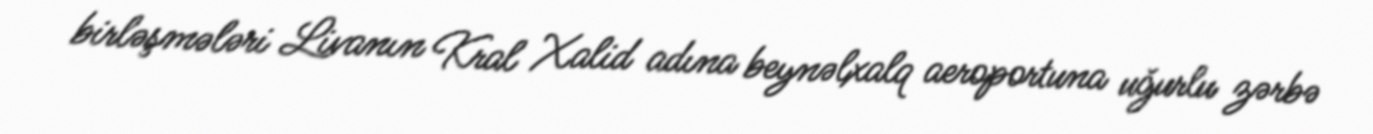
birləşmələri Livanın Kral Xalid adına beynəlxalq aeroportuna uğurlu zərbə